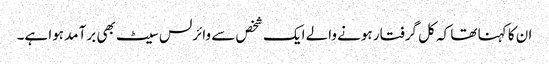
ان کا کہنا تھا کہ کل گرفتار ہونے والے ایک شخص سے وائرلس سیٹ بھی برآمد ہوا ہے۔